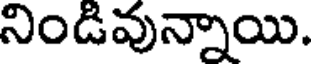
నిండివున్నాయి.